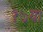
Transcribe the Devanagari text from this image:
१७या